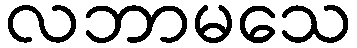
လဘာမသေ